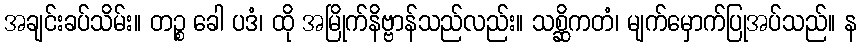
အချင်းခပ်သိမ်း။ တဉ္စ ခေါ ပဒံ၊ ထို အမြိုက်နိဗ္ဗာန်သည်လည်း။ သစ္ဆိကတံ၊ မျက်မှောက်ပြုအပ်သည်။ န